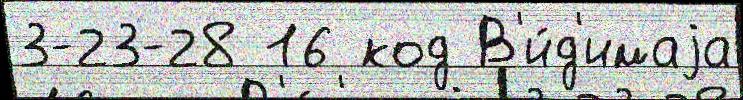
3-23-28 16 код В'и́д'имаjа